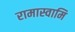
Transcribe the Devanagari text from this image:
रामास्वामि